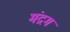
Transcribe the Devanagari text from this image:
मंद्रम